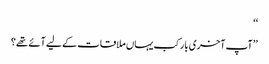
‘‘
’’آپ آخری بار کب یہاں ملاقات کے لیے آئے تھے؟